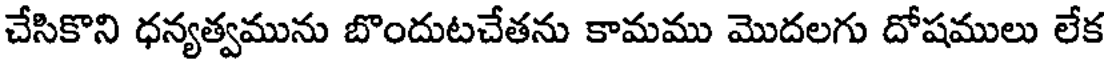
చేసికొని ధన్యత్వమును బొందుటచేతను కామము మొదలగు దోషములు లేక